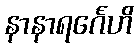
နာနာရင်္ဂေဟိ